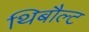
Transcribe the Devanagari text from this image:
थिबौल्ट